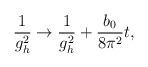
LaTeX: \begin{align*}\frac{1}{g_{h}^{2}} \rightarrow \frac{1}{g_{h}^{2}} + \frac{b_{0}}{8\pi^{2}} t,\end{align*}